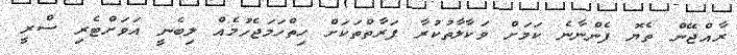
ރާއްޖޭން ތެޔޮ ފެންނާނެ ކަމަށް ވަކާލާތުކުރާ ފަރާތްތަކަށް ހިތްހަމަޖެހުމެއް ލިބެނީ އަވަށްޓެރި ސްރީ